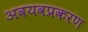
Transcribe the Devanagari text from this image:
अवयवप्रकरण